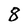
Character: 8